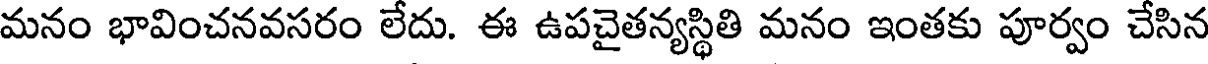
మనం భావించనవసరం లేదు. ఈ ఉపచైతన్యస్థితి మనం ఇంతకు పూర్వం చేసిన